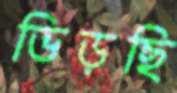
ভিড়ছি